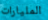
المليارات